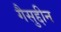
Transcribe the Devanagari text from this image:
गैसुद्दीन